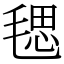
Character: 毸